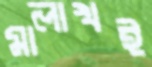
মালাখই